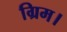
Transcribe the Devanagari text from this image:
ग्रिम।